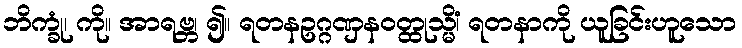
ဘိက္ခုံ၊ ကို။ အာရဗ္ဘ၊ ၍။ ရတနဥဂ္ဂဏှနဝတ္ထုသ္မိံ၊ ရတနာကို ယူခြင်းဟူသော